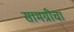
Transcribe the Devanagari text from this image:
सामग्रीचा